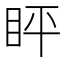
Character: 𬑈